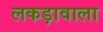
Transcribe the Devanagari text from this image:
लकड़ावाला